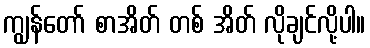
ကျွန်တော် စာအိတ် တစ် အိတ် လိုချင်လို့ပါ။